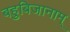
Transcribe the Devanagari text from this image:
बहुबिजानाम्